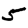
Digit: 5